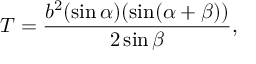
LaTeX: T = { \frac { b ^ { 2 } ( \sin \alpha ) ( \sin ( \alpha + \beta ) ) } { 2 \sin \beta } } ,